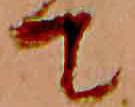
て